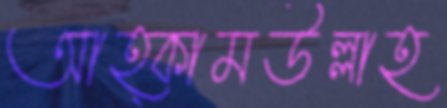
আহ্কামউল্লাহ